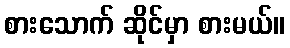
စားသောက် ဆိုင်မှာ စားမယ်။